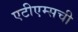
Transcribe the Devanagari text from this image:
एटीएम्सची